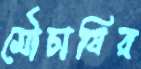
মৌচাষির